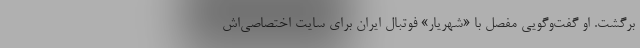
برگشت. او گفت‌وگویی مفصل با «شهریار» فوتبال ایران برای سایت اختصاصی‌اش